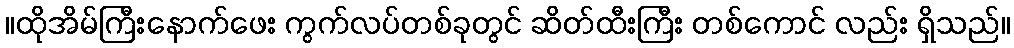
။ထိုအိမ်ကြီးနောက်ဖေး ကွက်လပ်တစ်ခုတွင် ဆိတ်ထီးကြီး တစ်ကောင် လည်း ရှိသည်။